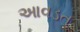
આવડત